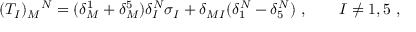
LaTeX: ( T _ { I } ) _ { M } { } ^ { N } = ( \delta _ { M } ^ { 1 } + \delta _ { M } ^ { 5 } ) \delta _ { I } ^ { N } \sigma _ { I } + \delta _ { M I } ( \delta _ { 1 } ^ { N } - \delta _ { 5 } ^ { N } ) \ , \qquad I \neq 1 , 5 \ ,